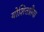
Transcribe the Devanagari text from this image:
योशितप्रीया